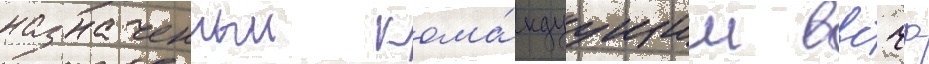
назначенныи кома́ндуущим ввс чф